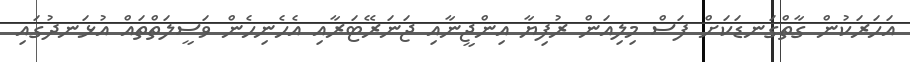
އަހަރަކުން ގާތްގަނޑަކަށް ފަސް މިލިއަން ރުފިޔާ އިންޖީނާއި ޖަނަރޭޓަރާއި އެހެނިހެން ވަސީލަތްތައް އުޅަނދުގައި